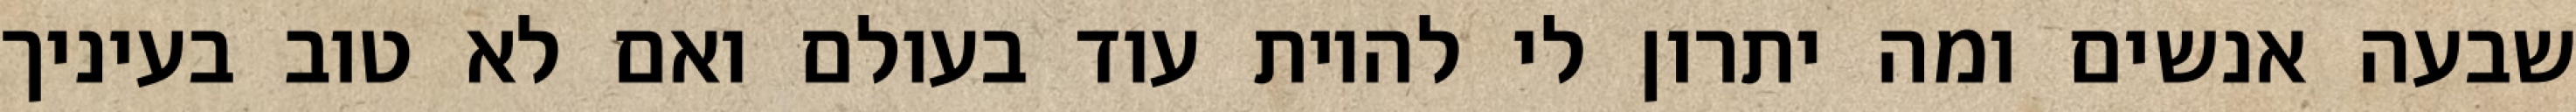
שבעה אנשים ומה יתרון לי להיות עוד בעולם ואם לא טוב בעיניך